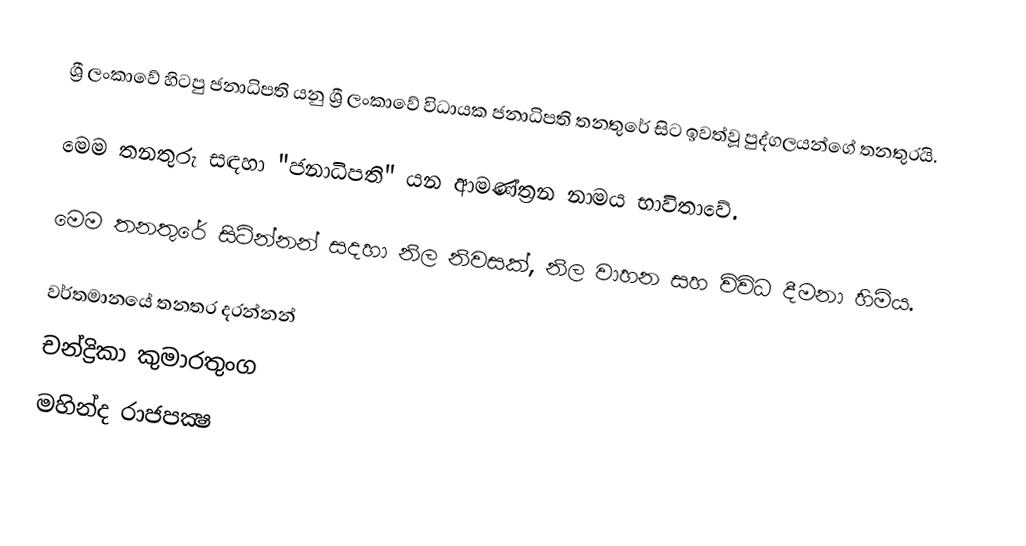
ශ්‍රී ලංකාවේ හිටපු ජනාධිපති යනු ශ්‍රී ලංකාවේ විධායක ජනාධිපති තනතුරේ සිට ඉවත්වූ පුද්ගලයන්ගේ තනතුරයි.

මෙම තනතුරු සඳහා "ජනාධිපති" යන ආමණ්ත්‍රන නාමය භාවිතාවේ.

මෙම තනතුරේ සිටින්නන් සදහා නිල නිවසක්, නිල වාහන සහ විවිධ දීමනා හිමිය.

වර්තමානයේ තනතර දරන්නන්
 චන්ද්‍රිකා කුමාරතුංග
 මහින්ද රාජපක්‍ෂ